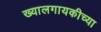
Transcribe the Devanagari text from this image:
ख्यालगायकीच्या